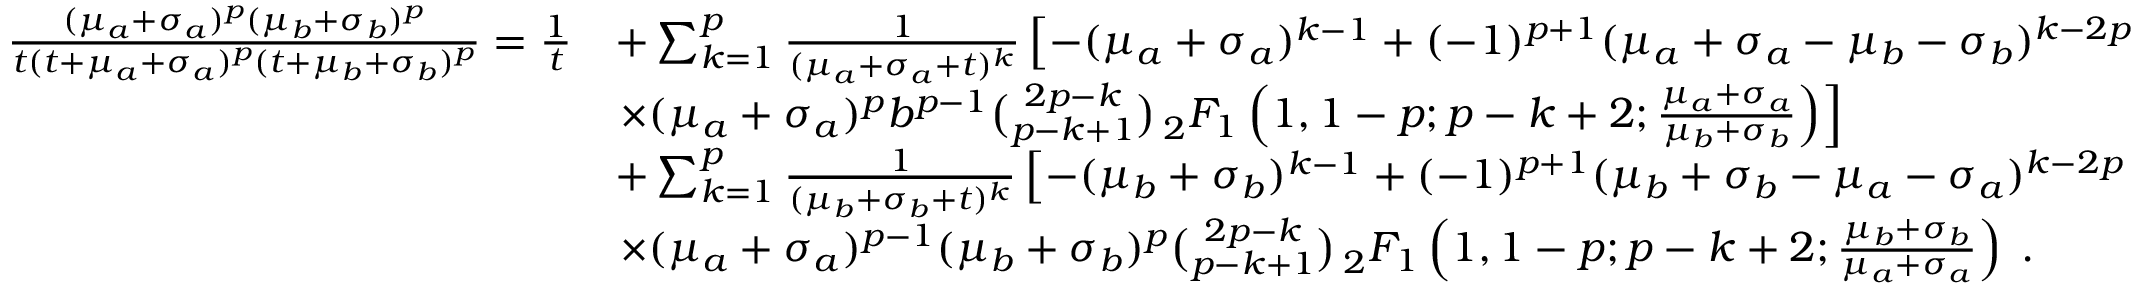
\begin{array} { r l } { \frac { ( \mu _ { a } + \sigma _ { a } ) ^ { p } ( \mu _ { b } + \sigma _ { b } ) ^ { p } } { t ( t + \mu _ { a } + \sigma _ { a } ) ^ { p } ( t + \mu _ { b } + \sigma _ { b } ) ^ { p } } = \frac { 1 } { t } } & { + \sum _ { k = 1 } ^ { p } \frac { 1 } { ( \mu _ { a } + \sigma _ { a } + t ) ^ { k } } \left[ - ( \mu _ { a } + \sigma _ { a } ) ^ { k - 1 } + ( - 1 ) ^ { p + 1 } ( \mu _ { a } + \sigma _ { a } - \mu _ { b } - \sigma _ { b } ) ^ { k - 2 p } \right. } \\ & { \left. \times ( \mu _ { a } + \sigma _ { a } ) ^ { p } b ^ { p - 1 } \binom { 2 p - k } { p - k + 1 } \, _ { 2 } F _ { 1 } \left( 1 , 1 - p ; p - k + 2 ; \frac { \mu _ { a } + \sigma _ { a } } { \mu _ { b } + \sigma _ { b } } \right) \right] } \\ & { + \sum _ { k = 1 } ^ { p } \frac { 1 } { ( \mu _ { b } + \sigma _ { b } + t ) ^ { k } } \left[ - ( \mu _ { b } + \sigma _ { b } ) ^ { k - 1 } + ( - 1 ) ^ { p + 1 } ( \mu _ { b } + \sigma _ { b } - \mu _ { a } - \sigma _ { a } ) ^ { k - 2 p } \right. } \\ & { \left. \times ( \mu _ { a } + \sigma _ { a } ) ^ { p - 1 } ( \mu _ { b } + \sigma _ { b } ) ^ { p } \binom { 2 p - k } { p - k + 1 } \, _ { 2 } F _ { 1 } \left( 1 , 1 - p ; p - k + 2 ; \frac { \mu _ { b } + \sigma _ { b } } { \mu _ { a } + \sigma _ { a } } \right) \right. \, . } \end{array}